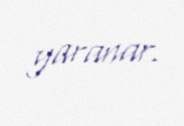
yaranar.